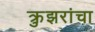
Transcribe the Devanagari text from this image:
क्रुझरांचा